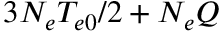
3 N _ { e } T _ { e 0 } / 2 + N _ { e } Q